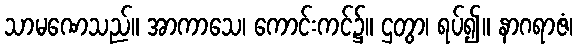
သာမဏေသည်။ အာကာသေ၊ ကောင်းကင်၌။ ဌတွာ၊ ရပ်၍။ နာဂရာဇံ၊